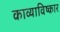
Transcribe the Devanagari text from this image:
काव्याविष्कार